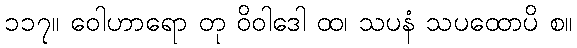
၁၁၇။ ဝေါဟာရော တု ဝိဝါဒေါ ထ၊ သပနံ သပထောပိ စ။